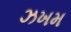
ઝખમ